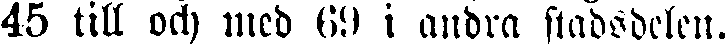
45 till och med 69 i andra stadsdelen.